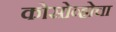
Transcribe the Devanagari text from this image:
कोसोव्होचा